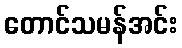
တောင်သမန်အင်း